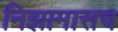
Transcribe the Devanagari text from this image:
निझामासच